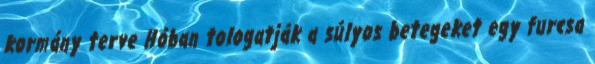
kormány terve Hóban tologatják a súlyos betegeket egy furcsa